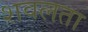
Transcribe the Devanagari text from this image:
शवलता